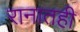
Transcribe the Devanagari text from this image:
रानातही